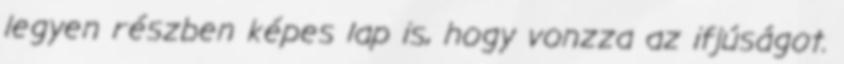
legyen részben képes lap is, hogy vonzza az ifjúságot.